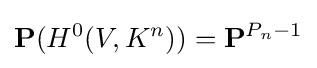
\mathbf {P} (H^{0}(V,K^{n}))=\mathbf {P} ^{P_{n}-1}